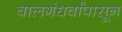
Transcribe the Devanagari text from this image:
बालगंधर्वांपासून